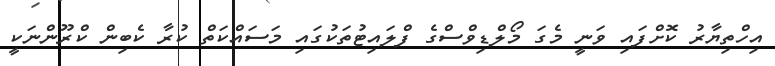
އިހްތިޔާރު ކޮށްފައި ވަނީ މެގަ މޯލްޑިވްސްގެ ފްލައިޓުތަކުގައި މަސައްކަތް ކުރާ ކެބިން ކްރޫންނަކީ